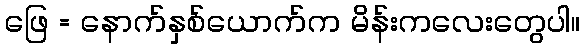
ဖြေ = နောက်နှစ်ယောက်က မိန်းကလေးတွေပါ။